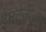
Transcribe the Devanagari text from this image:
इनटेलीजेंस